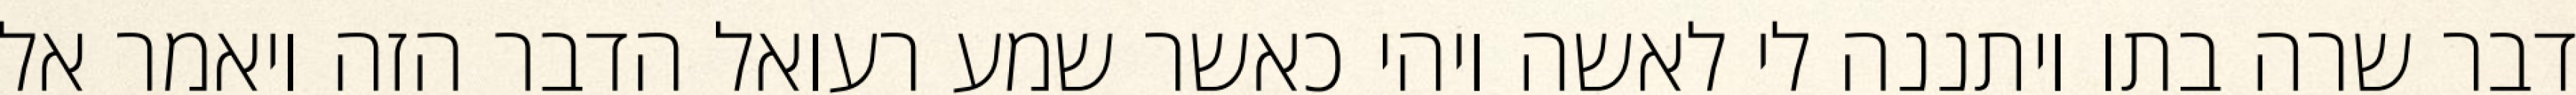
דבר שרה בתו ויתננה לי לאשה ויהי כאשר שמע רעואל הדבר הזה ויאמר אל